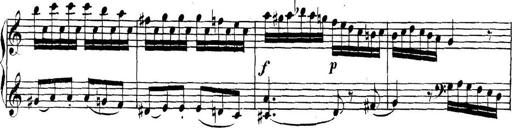
Title: Collected Piano Sonatas
Composer: Muzio Clementi